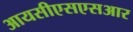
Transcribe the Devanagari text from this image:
आयसीएसएसआर